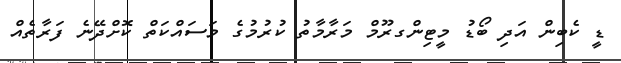
ޑީ ކެބިން އަދި ބޯޑު މީޓިންގރޫމް މަރާމާތު ކުރުމުގެ މަސައްކަތް ކޮށްދޭނެ ފަރާތެއް